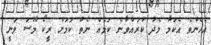
އެހެންވެ އެކަމާ މެދު ކުރައްވާނެ ކަމެއް ނެތް ކަމަށް ރީކޯ މޫސަ ވަނީ